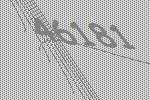
46181